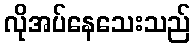
လိုအပ်နေသေးသည်